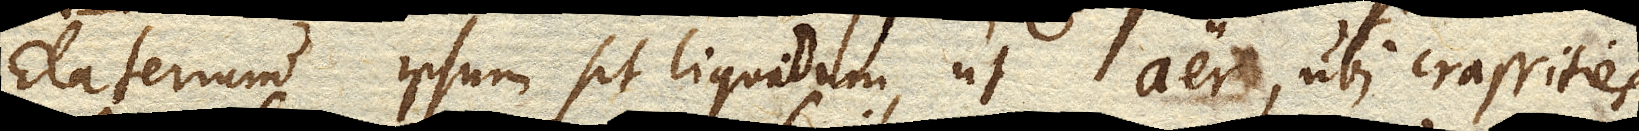
Elaterium ipsum sit liquidum, ut aer, ubi crassities